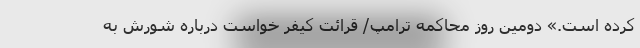
کرده است.» دومین روز محاکمه ترامپ/ قرائت کیفر خواست درباره شورش به